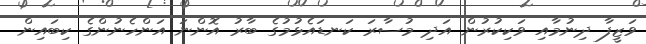
ވަޒީފާ ދިނުމާއި ވަކިކުރުން އަދި މުސާރަ ކަނޑައެޅުމުގެ ބާރު އޮންނަ އަންހެނުންގެ ކިބައިން